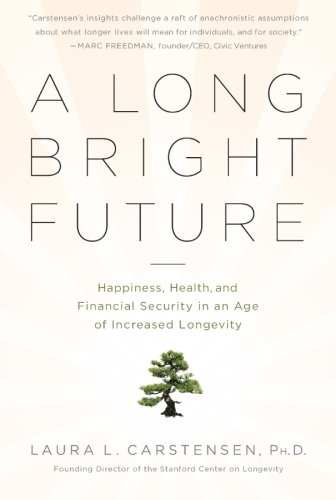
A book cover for A Long Bright Future; Laura Carstensen; Parenting & Relationships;